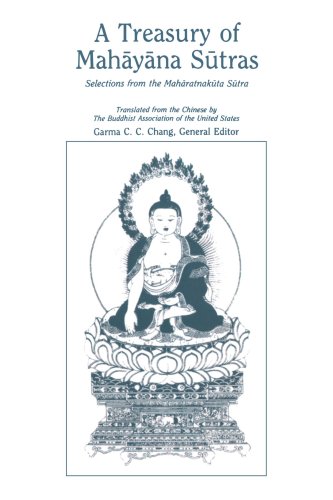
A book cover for A Treasury of Mahayana Sutras: Selections from the Maharatnakuta Sutra; Religion & Spirituality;